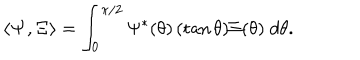
\langle { \bf \Psi } , { \bf \Xi } \rangle = \int _ { 0 } ^ { \pi / 2 } \Psi ^ { * } ( \theta ) \, ( \tan \theta ) \Xi ( \theta ) \; d \theta .